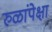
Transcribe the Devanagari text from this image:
रुळांपेक्षा